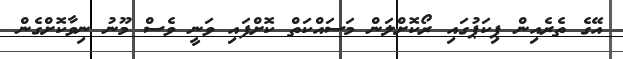
އޭގެ ތެރެއިން ޕިކަޕުގައި ރޯކޮށްލަން މަސައްކަތް ކޮށްފައި ވަނީ ވެސް މޫނު ނިވާކޮށްގެން